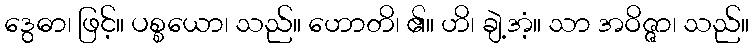
ဒွေဓာ၊ ဖြင့်။ ပစ္စယော၊ သည်။ ဟောတိ၊ ၏။ ဟိ၊ ချဲ့အံ့။ သာ အဝိဇ္ဇာ၊ သည်။